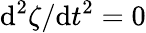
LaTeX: \mathrm{d}^{2}\zeta/\mathrm{d}t^{2}=0